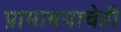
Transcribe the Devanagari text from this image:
प्रामाण्याचेही